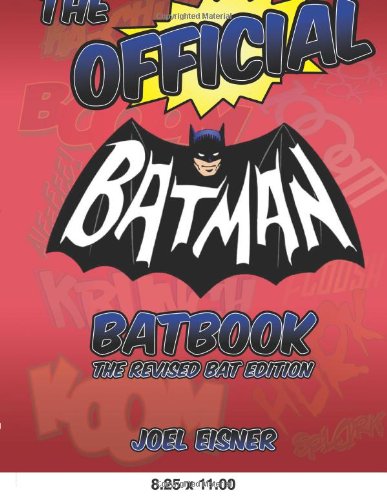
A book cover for The Official Batman Batbook: The Revised Bat Edition; Joel Eisner; Humor & Entertainment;